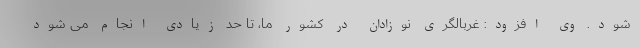
شود. وی افزود: غربالگری نوزادان در کشور ما، تا حد زیادی انجام می شود